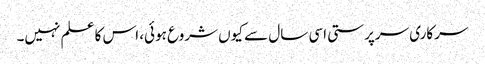
سرکاری سرپرستی اسی سال سے کیوں شروع ہوئی، اس کا علم نہیں۔